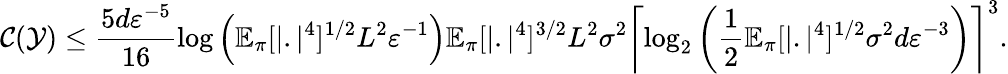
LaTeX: {\cal C}({\cal Y})\le\frac{5d\varepsilon^{-5}}{16}\log\left(\mathbb{E}_{\pi}[|.|^{4}]^{1/2}L^{2}\varepsilon^{-1}\right)\mathbb{E}_{\pi}[|.|^{4}]^{3/2}L^{2}\sigma^{2}\left\lceil\log_{2}\left(\frac{1}{2}\mathbb{E}_{\pi}[|.|^{4}]^{1/2}\sigma^{2}d\varepsilon^{-3}\right)\right\rceil^{3}.